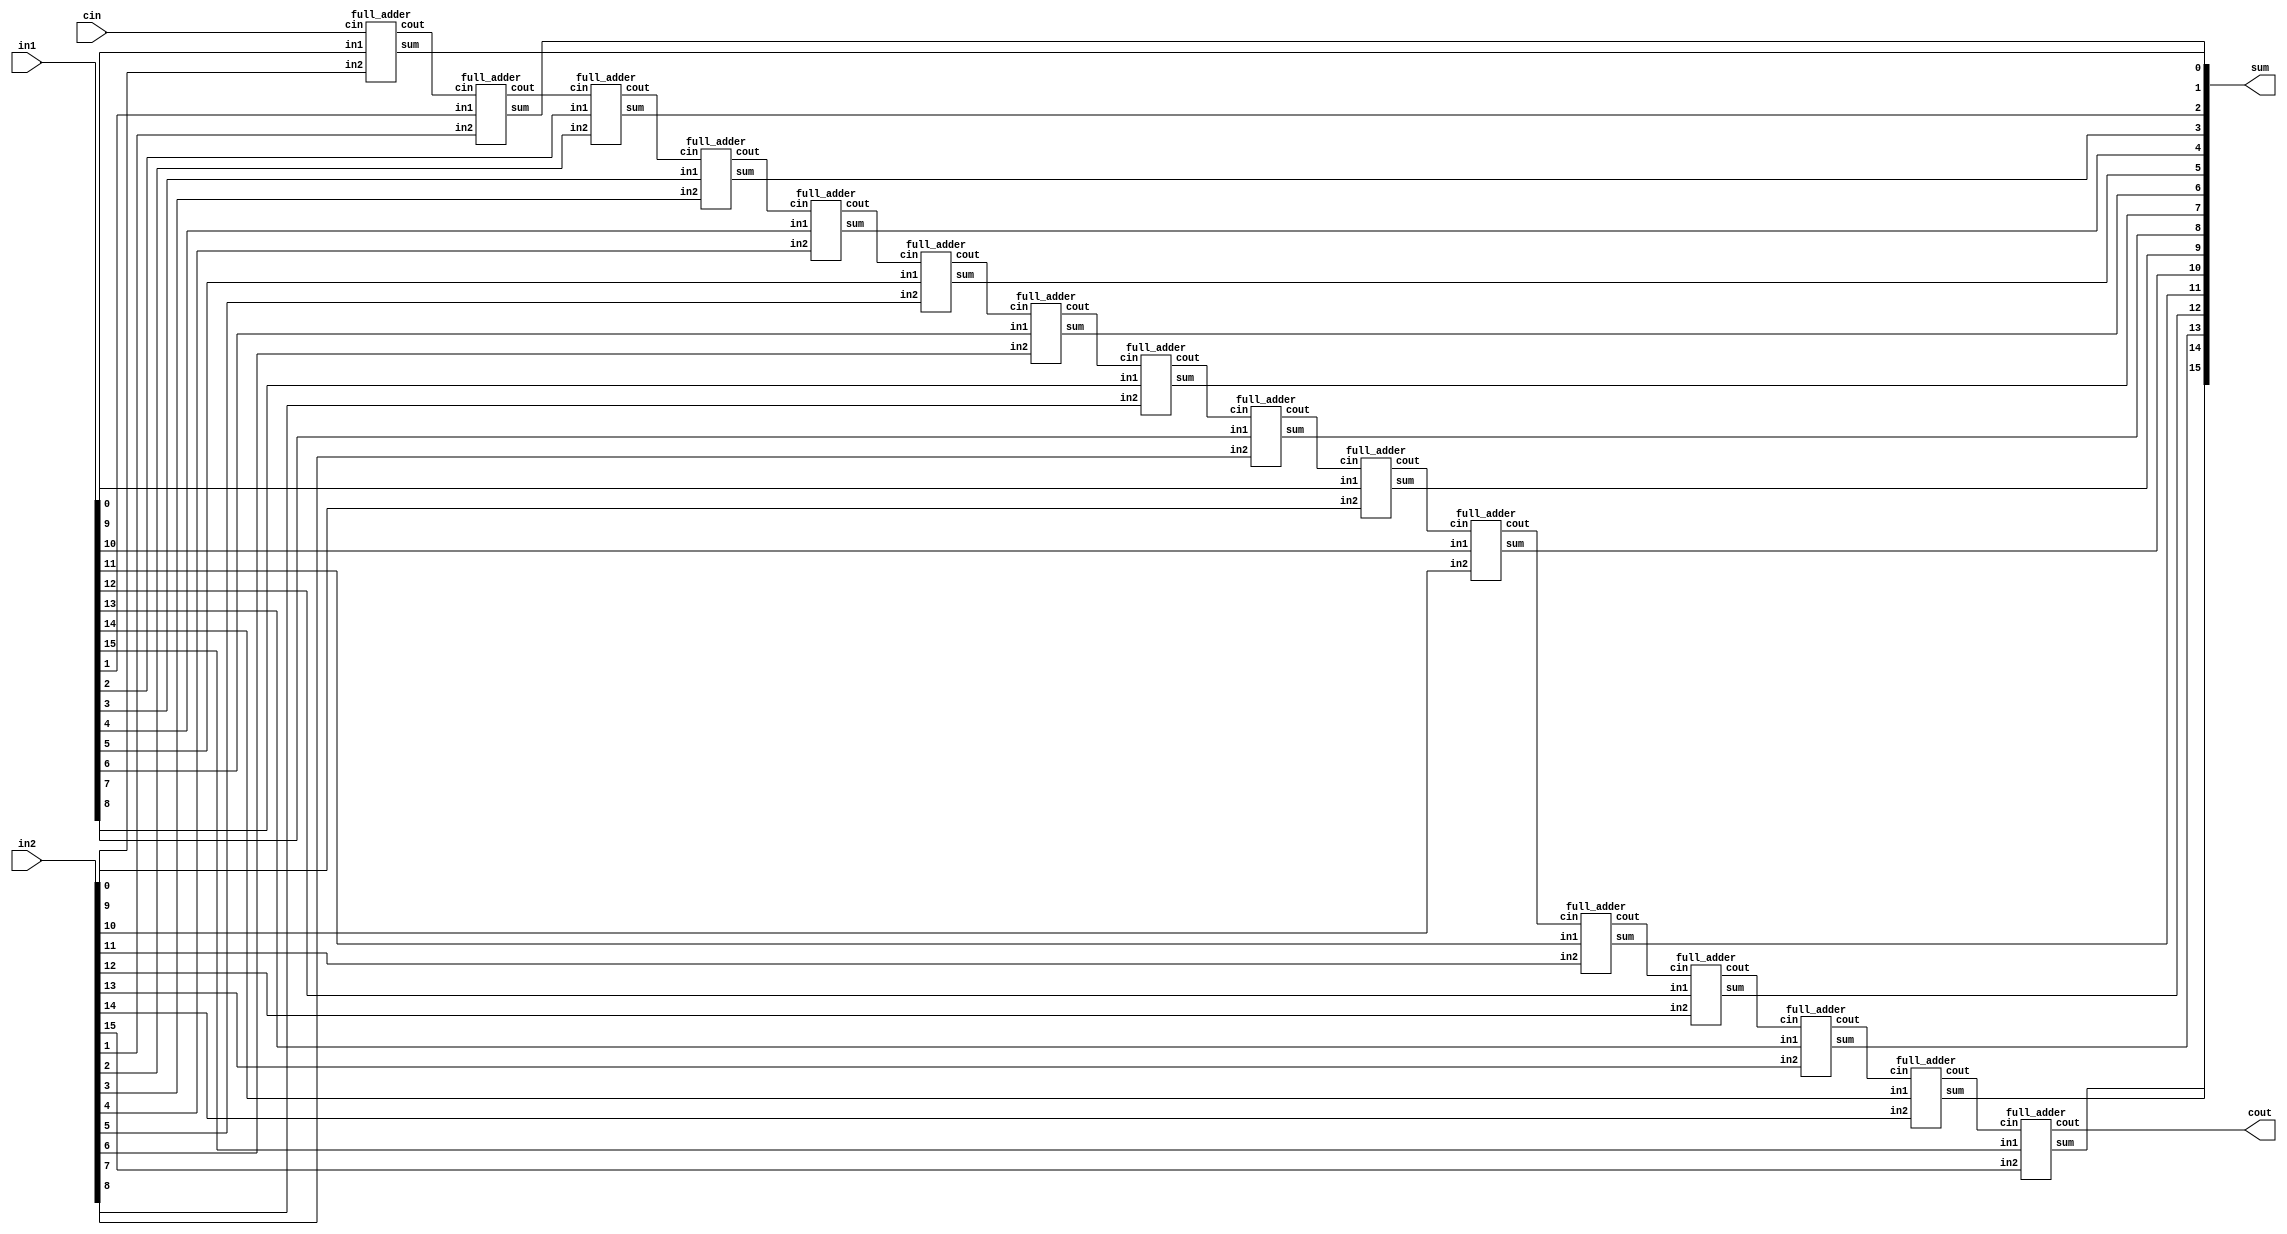
module adder_16(output [15:0] sum,
                      output cout,
                      input [15:0] in1, in2,
                      input cin);
  wire c1, c2, c3, c4, c5, c6, c7, c8, c9, c10, c11, c12, c13, c14, c15;
  wire [15:0] sum1, sum2, sum3, sum4, sum5, sum6, sum7, sum8, sum9, sum10, sum11, sum12, sum13, sum14, sum15;
  full_adder FA1(sum1[0], c1, in1[0], in2[0], cin);
  full_adder FA2(sum1[1], c2, in1[1], in2[1], c1);
  full_adder FA3(sum1[2], c3, in1[2], in2[2], c2);
  full_adder FA4(sum1[3], c4, in1[3], in2[3], c3);
  full_adder FA5(sum1[4], c5, in1[4], in2[4], c4);
  full_adder FA6(sum1[5], c6, in1[5], in2[5], c5);
  full_adder FA7(sum1[6], c7, in1[6], in2[6], c6);
  full_adder FA8(sum1[7], c8, in1[7], in2[7], c7);
  full_adder FA9(sum1[8], c9, in1[8], in2[8], c8);
  full_adder FA10(sum1[9], c10, in1[9], in2[9], c9);
  full_adder FA11(sum1[10], c11, in1[10], in2[10], c10);
  full_adder FA12(sum1[11], c12, in1[11], in2[11], c11);
  full_adder FA13(sum1[12], c13, in1[12], in2[12], c12);
  full_adder FA14(sum1[13], c14, in1[13], in2[13], c13);
  full_adder FA15(sum1[14], c15, in1[14], in2[14], c14);
  full_adder FA16(sum1[15], cout, in1[15], in2[15], c15);
  assign sum = sum1;
endmodule

module full_adder(output wire sum,
                  output wire cout,
                  input wire in1,
                  input wire in2,
                  input wire cin);
  wire temp1;
  wire temp2;
  wire temp3;
  xor(sum, in1, in2, cin);
  and(temp1,in1,in2);
  and(temp2,in1,cin);
  and(temp3,in2,cin);
  or(cout,temp1,temp2,temp3);
endmodule